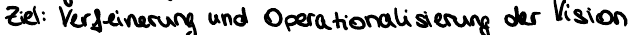
Ziel: Verfeinerung und Operationalisierung der Vision